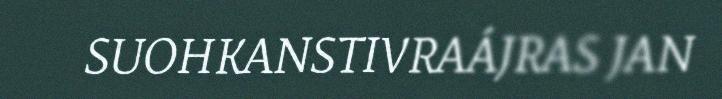
SUOHKANSTIVRAÁJRAS JAN